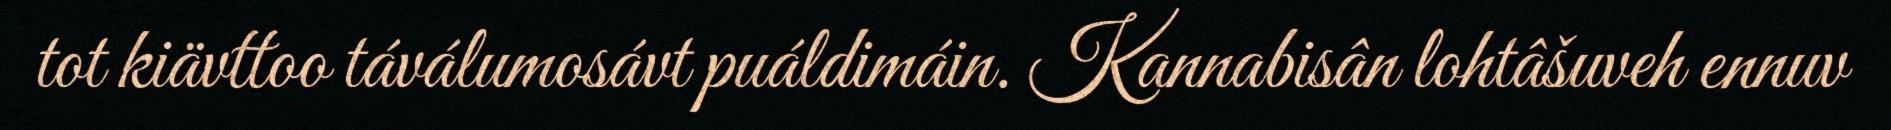
tot kiävttoo táválumosávt puáldimáin. Kannabisân lohtâšuveh ennuv